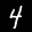
Label: 4